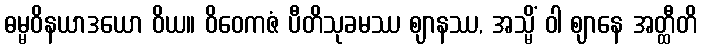
ဓမ္မဝိနယာဒယော ဝိယ။ ဝိဝေကဇံ ပီတိသုခမဿ ဈာနဿ, အသ္မိံ ဝါ ဈာနေ အတ္ထီတိ